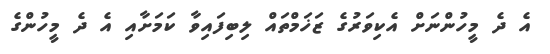
އެ ދެ މީހުންނަށް އެކިވަރުގެ ޒަޚަމްތައް ލިބިފައިވާ ކަމަށާއި އެ ދެ މީހުންގެ